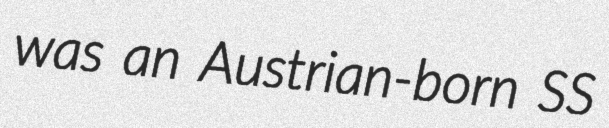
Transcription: was an Austrian-born SS